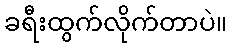
ခရီးထွက်လိုက်တာပဲ။